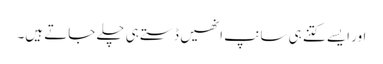
اور ایسے کتنے ہی سانپ انھیں ڈستے ہی چلے جاتے ہیں۔